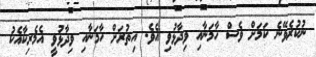
ނުކުރެވޭނެ ކަމަށް ވެސް ހާމަނާއި ވިދާޅުވި އެވެ. އިތުރަށް ހާމަނާއި ވިދާޅުވީ އެމެރިކާއެކު